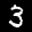
Label: 3